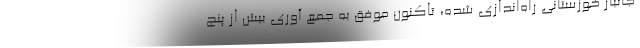
جانباز خوزستانی راه‌اندازی شده، تاکنون موفق به جمع آوری بیش از پنج